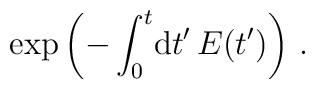
\exp \left( - \int_0^t \! {\rm d}t'\, E(t')  \right) \,.